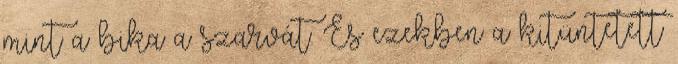
mint a bika a szarvát. És ezekben a kitüntetett